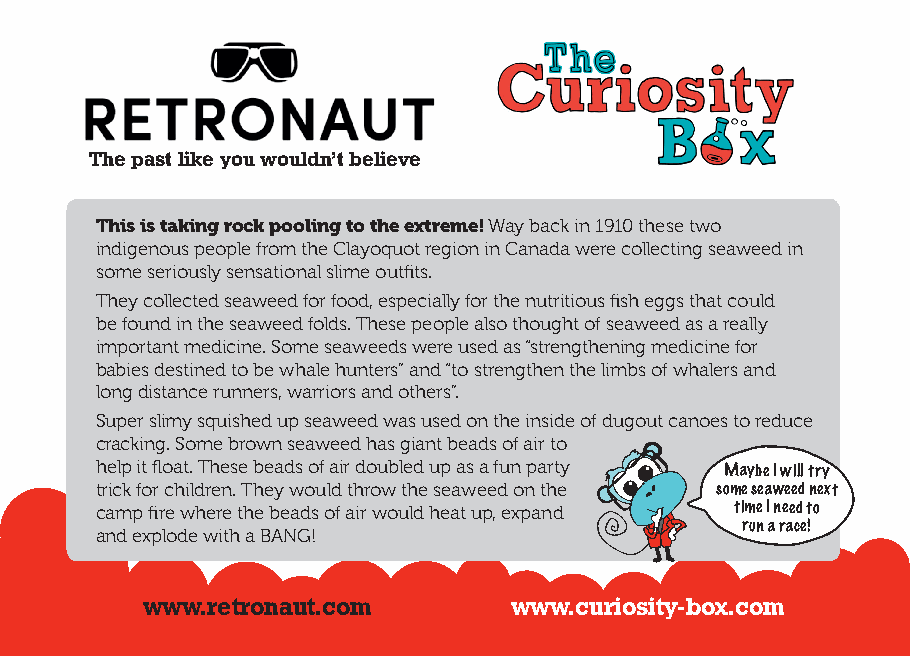
The past like you wouldn’t believe
 This is taking rock pooling to the extreme! Way back in 1910 these two
 indigenous people from the Clayoquot region in Canada were collecting seaweed in
 some seriously sensational slime outfits.
 They collected seaweed for food, especially for the nutritious fish eggs that could
 be found in the seaweed folds. These people also thought of seaweed as a really
 important medicine. Some seaweeds were used as “strengthening medicine for
 babies destined to be whale hunters” and “to strengthen the limbs of whalers and
 long distance runners, warriors and others”.
 Super slimy squished up seaweed was used on the inside of dugout canoes to reduce
 cracking. Some brown seaweed has giant beads of air to
 help it float. These beads of air doubled up as a fun party
 Maybe I will try
 trick for children. They would throw the seaweed on the some seaweed next
 camp fire where the beads of air would heat up, expand time I need to
 run a race!
 and explode with a BANG!
 www.retronaut.com        www.curiosity-box.com